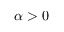
\alpha > 0